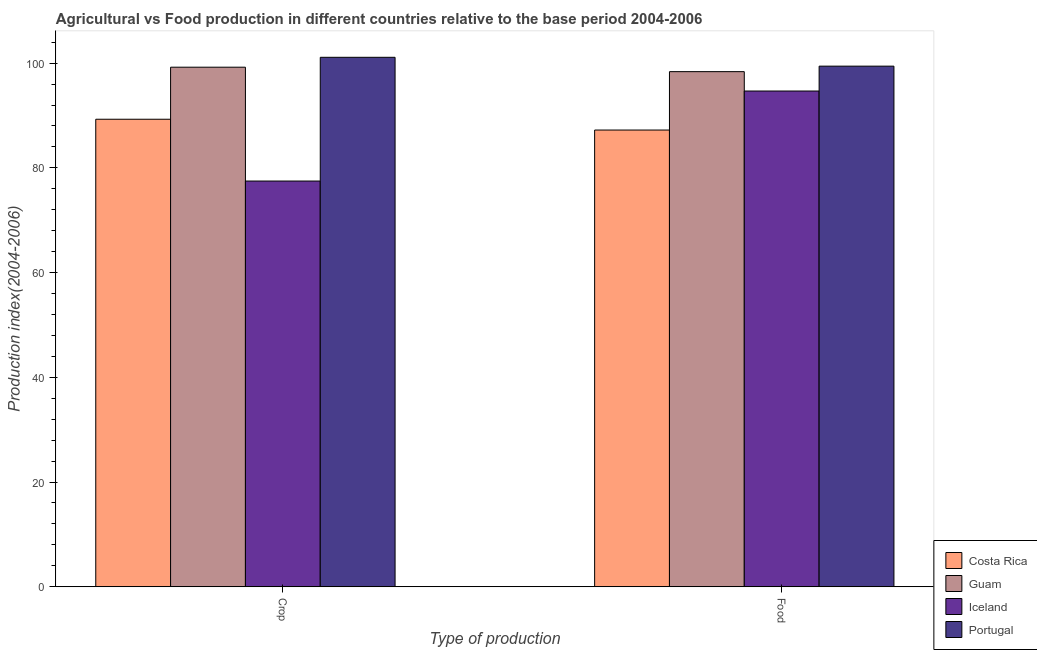
| Type of production | Costa Rica | Guam | Iceland | Portugal |
 | --- | --- | --- | --- | --- |
 | Crop | 89.3 | 99.2 | 77.5 | 101 |
 | Food | 87.2 | 98.4 | 94.7 | 99.4 |